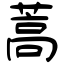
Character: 蒿